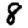
Digit: 8